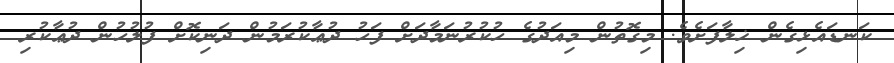
ކަނޑައެޅިގެން ޚިލާފަށެވެ. މިގޮތުން މިއަދުގެ ހުކުރުނަމާދަށް ފަހު ދުޢާކުރަމުން ދަނިކޮށް ފުލުހުން ދުޢާކުރި